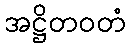
အဋ္ဌိတဝတံ